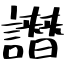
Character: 譖